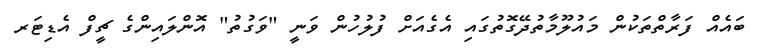
ބައެއް ފަރާތްތަކުން މައުލޫމާތުދޭގޮތުގައި އެގެއަށް ފުލުހުން ވަނީ "ވަގުތު" އޮންލައިންގެ ޗީފް އެޑިޓަރ